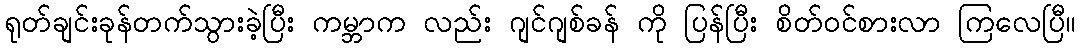
ရုတ်ချင်းခုန်တက်သွားခဲ့ပြီး ကမ္ဘာက လည်း ဂျင်ဂျစ်ခန် ကို ပြန်ပြီး စိတ်ဝင်စားလာ ကြလေပြီ။